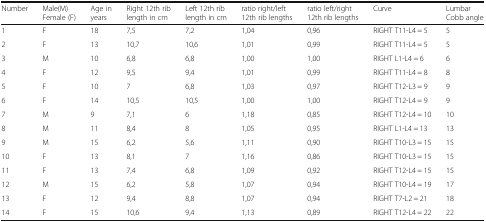
<table><thead><tr><td><b>Number</b></td><td><b>Male(M) Female (F)</b></td><td><b>Age in years</b></td><td><b>Right 12th rib length in cm</b></td><td><b>Left 12th rib length in cm</b></td><td><b>ratio right/left 12th rib lengths</b></td><td><b>ratio left/right 12th rib lengths</b></td><td><b>Curve</b></td><td><b>Lumbar Cobb angle</b></td></tr></thead><tbody><tr><td>1</td><td>F</td><td>18</td><td>7,5</td><td>7,2</td><td>1,04</td><td>0,96</td><td>RIGHT T11-L4 = 5</td><td>5</td></tr><tr><td>2</td><td>F</td><td>13</td><td>10,7</td><td>10,6</td><td>1,01</td><td>0,99</td><td>RIGHT T11-L4 = 5</td><td>5</td></tr><tr><td>3</td><td>M</td><td>10</td><td>6,8</td><td>6,8</td><td>1,00</td><td>1,00</td><td>RIGHT L1-L4 = 6</td><td>6</td></tr><tr><td>4</td><td>F</td><td>12</td><td>9,5</td><td>9,4</td><td>1,01</td><td>0,99</td><td>RIGHT T11-L4 = 8</td><td>8</td></tr><tr><td>5</td><td>F</td><td>10</td><td>7</td><td>6,8</td><td>1,03</td><td>0,97</td><td>RIGHT T12-L3 = 9</td><td>9</td></tr><tr><td>6</td><td>F</td><td>14</td><td>10,5</td><td>10,5</td><td>1,00</td><td>1,00</td><td>RIGHT T12-L4 = 9</td><td>9</td></tr><tr><td>7</td><td>M</td><td>9</td><td>7,1</td><td>6</td><td>1,18</td><td>0,85</td><td>RIGHT T12-L4 = 10</td><td>10</td></tr><tr><td>8</td><td>M</td><td>11</td><td>8,4</td><td>8</td><td>1,05</td><td>0,95</td><td>RIGHT L1-L4 = 13</td><td>13</td></tr><tr><td>9</td><td>M</td><td>15</td><td>6,2</td><td>5,6</td><td>1,11</td><td>0,90</td><td>RIGHT T10-L3 = 15</td><td>15</td></tr><tr><td>10</td><td>F</td><td>13</td><td>8,1</td><td>7</td><td>1,16</td><td>0,86</td><td>RIGHT T10-L3 = 15</td><td>15</td></tr><tr><td>11</td><td>F</td><td>13</td><td>7,4</td><td>6,8</td><td>1,09</td><td>0,92</td><td>RIGHT T12-L4 = 15</td><td>15</td></tr><tr><td>12</td><td>M</td><td>15</td><td>6,2</td><td>5,8</td><td>1,07</td><td>0,94</td><td>RIGHT T10-L4 = 19</td><td>17</td></tr><tr><td>13</td><td>F</td><td>12</td><td>9,4</td><td>8,8</td><td>1,07</td><td>0,94</td><td>RIGHT T7-L2 = 21</td><td>18</td></tr><tr><td>14</td><td>F</td><td>15</td><td>10,6</td><td>9,4</td><td>1,13</td><td>0,89</td><td>RIGHT T12-L4 = 22</td><td>22</td></tr></tbody></table>